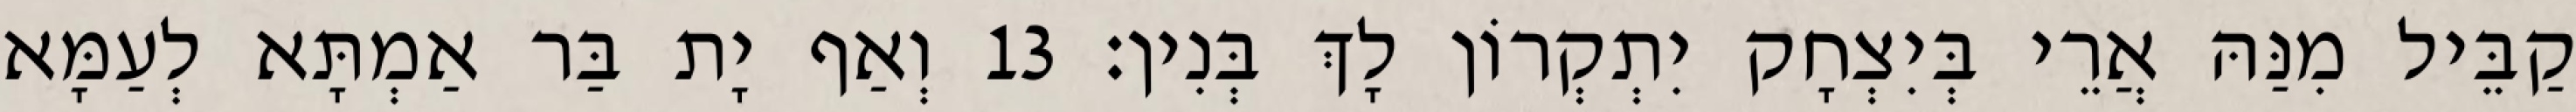
קַבֵּיל מִנַּהּ אֲרֵי בְּיִצְחָק יִתְקְרוֹן לָךְ בְּנִין׃ 13 וְאַף יָת בַּר אַמְתָּא לְעַמָּא